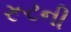
રૂટની